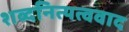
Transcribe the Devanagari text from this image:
शब्दनित्यत्ववाद